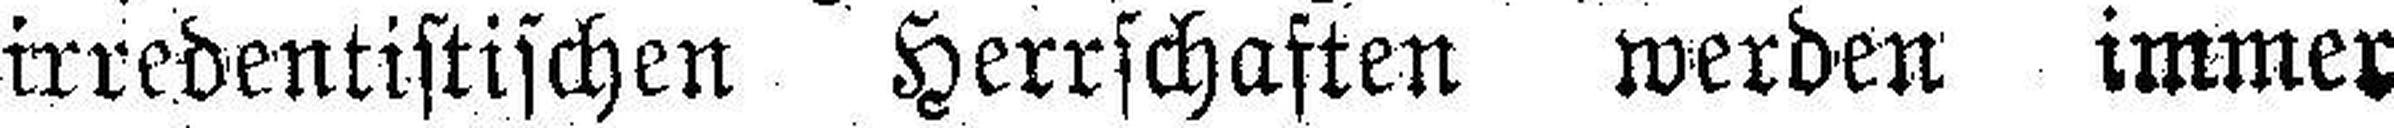
irredentistischen Herrschaften werden immer